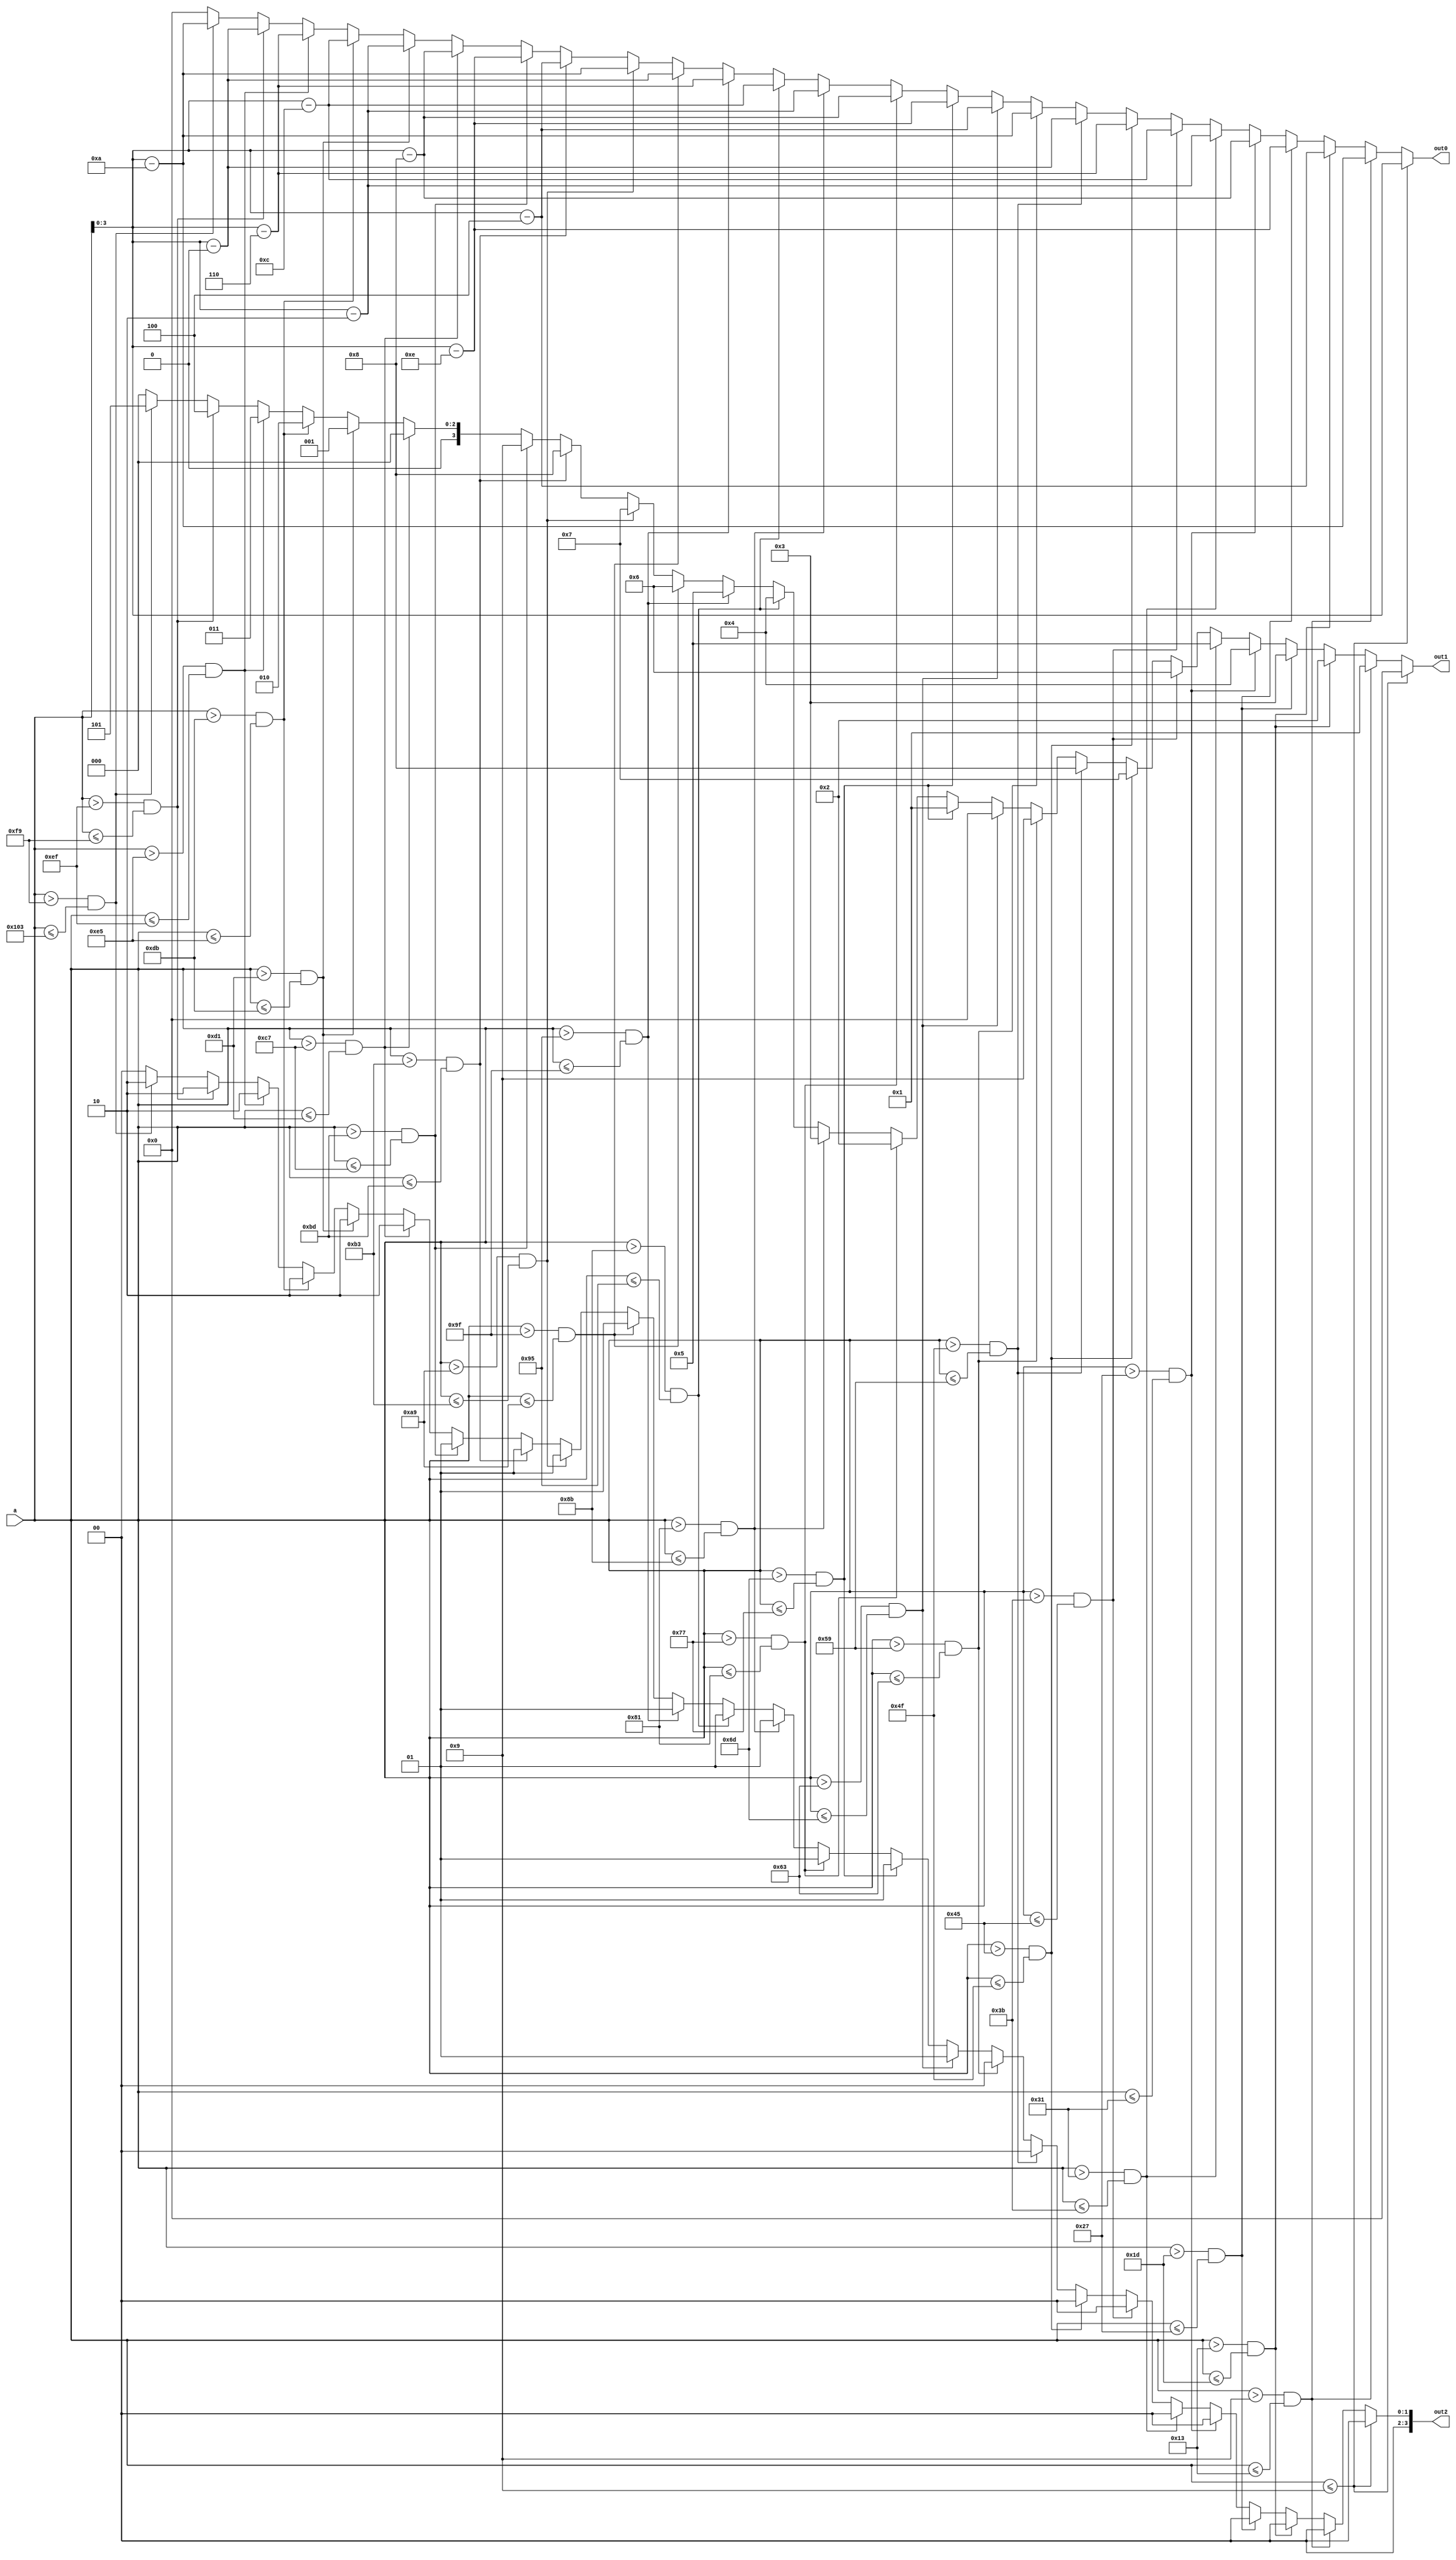
/*
   This file was generated automatically by the Mojo IDE version B1.2.6.
   Do not edit this file directly. Instead edit the original Lucid source.
   This is a temporary file and any changes made to it will be destroyed.
*/

module decimaltosevenseg_30 (
    input [7:0] a,
    output reg [3:0] out2,
    output reg [3:0] out1,
    output reg [3:0] out0
  );
  
  
  
  always @* begin
    if (a <= 4'h9) begin
      out2 = 4'h0;
      out1 = 4'h0;
      out0 = a[0+3-:4];
    end else begin
      if (a > 4'h9 && a <= 5'h13) begin
        out2 = 4'h0;
        out1 = 4'h1;
        out0 = a - 4'ha;
      end else begin
        if (a > 5'h13 && a <= 5'h1d) begin
          out2 = 4'h0;
          out1 = 4'h2;
          out0 = a - 5'h14;
        end else begin
          if (a > 5'h1d && a <= 6'h27) begin
            out2 = 4'h0;
            out1 = 4'h3;
            out0 = a - 5'h1e;
          end else begin
            if (a > 6'h27 && a <= 6'h31) begin
              out2 = 4'h0;
              out1 = 4'h4;
              out0 = a - 6'h28;
            end else begin
              if (a > 6'h31 && a <= 6'h3b) begin
                out2 = 4'h0;
                out1 = 4'h5;
                out0 = a - 6'h32;
              end else begin
                if (a > 6'h3b && a <= 7'h45) begin
                  out2 = 4'h0;
                  out1 = 4'h6;
                  out0 = a - 6'h3c;
                end else begin
                  if (a > 7'h45 && a <= 7'h4f) begin
                    out2 = 4'h0;
                    out1 = 4'h7;
                    out0 = a - 7'h46;
                  end else begin
                    if (a > 7'h4f && a <= 7'h59) begin
                      out2 = 4'h0;
                      out1 = 4'h8;
                      out0 = a - 7'h50;
                    end else begin
                      if (a > 7'h59 && a <= 7'h63) begin
                        out2 = 4'h0;
                        out1 = 4'h9;
                        out0 = a - 7'h5a;
                      end else begin
                        if (a > 7'h63 && a <= 7'h6d) begin
                          out2 = 4'h1;
                          out1 = 4'h0;
                          out0 = a - 7'h64;
                        end else begin
                          if (a > 7'h6d && a <= 7'h77) begin
                            out2 = 4'h1;
                            out1 = 4'h1;
                            out0 = a - 7'h6e;
                          end else begin
                            if (a > 7'h77 && a <= 8'h81) begin
                              out2 = 4'h1;
                              out1 = 4'h2;
                              out0 = a - 7'h78;
                            end else begin
                              if (a > 8'h81 && a <= 8'h8b) begin
                                out2 = 4'h1;
                                out1 = 4'h3;
                                out0 = a - 8'h82;
                              end else begin
                                if (a > 8'h8b && a <= 8'h95) begin
                                  out2 = 4'h1;
                                  out1 = 4'h4;
                                  out0 = a - 8'h8c;
                                end else begin
                                  if (a > 8'h95 && a <= 8'h9f) begin
                                    out2 = 4'h1;
                                    out1 = 4'h5;
                                    out0 = a - 8'h96;
                                  end else begin
                                    if (a > 8'h9f && a <= 8'ha9) begin
                                      out2 = 4'h1;
                                      out1 = 4'h6;
                                      out0 = a - 8'ha0;
                                    end else begin
                                      if (a > 8'ha9 && a <= 8'hb3) begin
                                        out2 = 4'h1;
                                        out1 = 4'h7;
                                        out0 = a - 8'haa;
                                      end else begin
                                        if (a > 8'hb3 && a <= 8'hbd) begin
                                          out2 = 4'h1;
                                          out1 = 4'h8;
                                          out0 = a - 8'hb4;
                                        end else begin
                                          if (a > 8'hbd && a <= 8'hc7) begin
                                            out2 = 4'h1;
                                            out1 = 4'h9;
                                            out0 = a - 8'hbe;
                                          end else begin
                                            if (a > 8'hc7 && a <= 8'hd1) begin
                                              out2 = 4'h2;
                                              out1 = 4'h0;
                                              out0 = a - 8'hc8;
                                            end else begin
                                              if (a > 8'hd1 && a <= 8'hdb) begin
                                                out2 = 4'h2;
                                                out1 = 4'h1;
                                                out0 = a - 8'hd2;
                                              end else begin
                                                if (a > 8'hdb && a <= 8'he5) begin
                                                  out2 = 4'h2;
                                                  out1 = 4'h2;
                                                  out0 = a - 8'hdc;
                                                end else begin
                                                  if (a > 8'he5 && a <= 8'hef) begin
                                                    out2 = 4'h2;
                                                    out1 = 4'h3;
                                                    out0 = a - 8'he6;
                                                  end else begin
                                                    if (a > 8'hef && a <= 8'hf9) begin
                                                      out2 = 4'h2;
                                                      out1 = 4'h4;
                                                      out0 = a - 8'hf0;
                                                    end else begin
                                                      if (a > 8'hf9 && a <= 9'h103) begin
                                                        out2 = 4'h2;
                                                        out1 = 4'h5;
                                                        out0 = a - 8'hfa;
                                                      end else begin
                                                        out2 = 1'h0;
                                                        out1 = 1'h0;
                                                        out0 = 1'h0;
                                                      end
                                                    end
                                                  end
                                                end
                                              end
                                            end
                                          end
                                        end
                                      end
                                    end
                                  end
                                end
                              end
                            end
                          end
                        end
                      end
                    end
                  end
                end
              end
            end
          end
        end
      end
    end
  end
endmodule